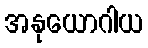
အနုယောဂါယ